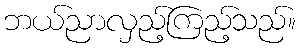
ဘယ်ညာလှည့်ကြည့်သည်။